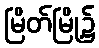
မြိတ်မြို့၌